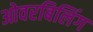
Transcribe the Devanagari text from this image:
ओवरबिलिंग